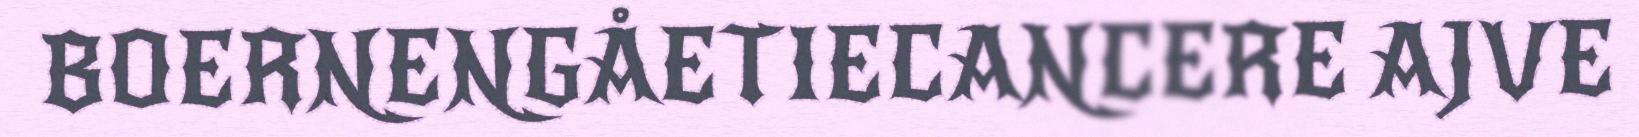
BOERNENGÅETIECANCERE AJVE